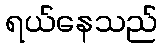
ရယ်နေသည်